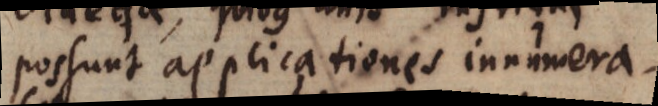
possunt applicationes innumera-